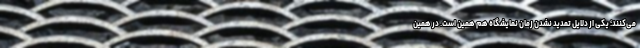
می‌کنند؛ یکی از دلایل تمدید نشدن زمان نمایشگاه هم همین است. در همین